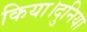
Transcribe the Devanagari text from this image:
किया।दुनिया